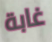
غابة